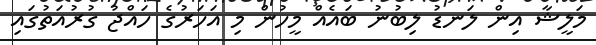
މަލީޝާ އިން ލަނޑު ލިބުނު ބައެއް މީހުން މި އަހަރުގެ ހައްޖު ގުރުއަތުގައި